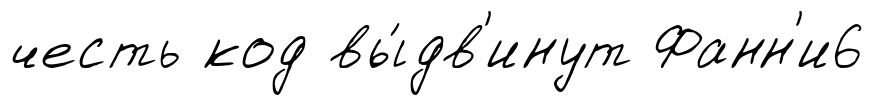
честь код вы́дв'инут Фанн'и6